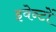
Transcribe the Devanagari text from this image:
इवेन्टों